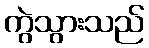
ကွဲသွားသည်